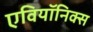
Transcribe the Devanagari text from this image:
एवियॉनिक्स